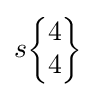
s{\begin{Bmatrix}4\\4\end{Bmatrix}}